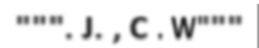
""". J. , C . W"""